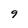
Character: 9